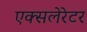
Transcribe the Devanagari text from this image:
एक्सलेरेटर